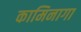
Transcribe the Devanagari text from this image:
कामिनागा